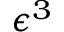
\epsilon ^ { 3 }